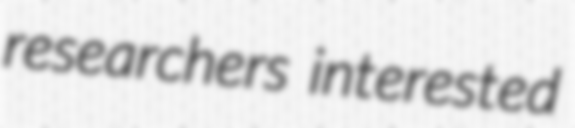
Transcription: researchers interested